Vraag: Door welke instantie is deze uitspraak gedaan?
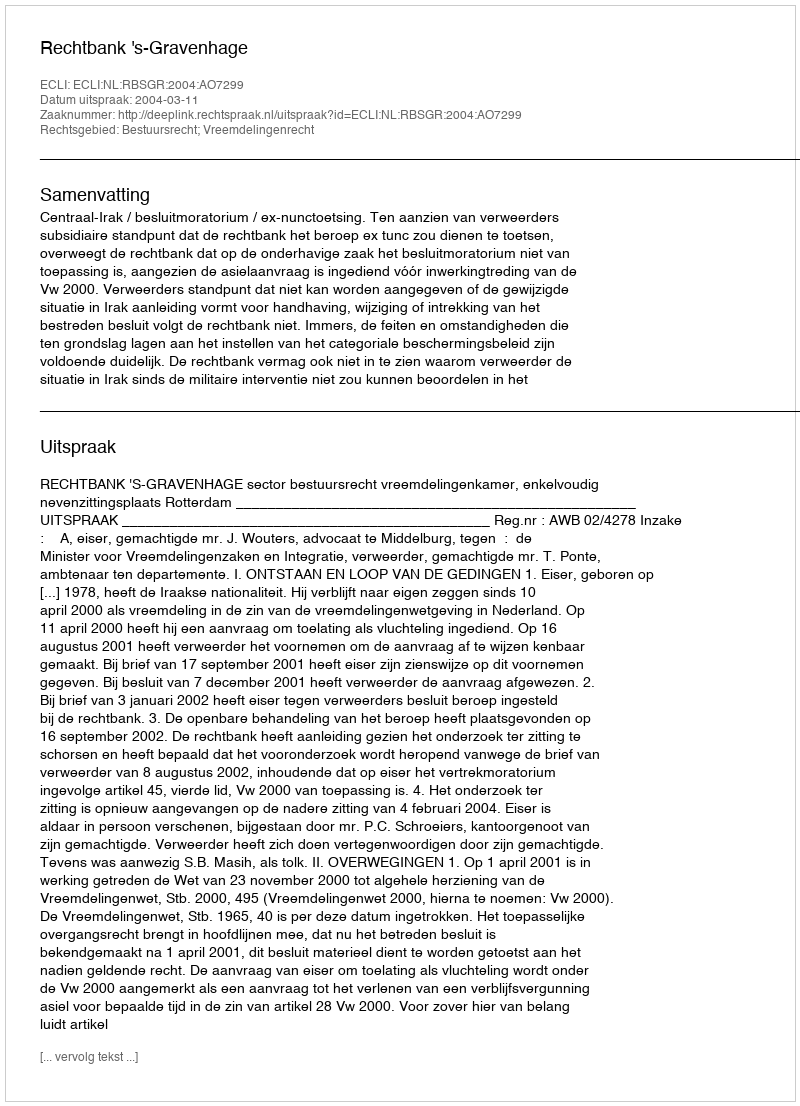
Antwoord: Rechtbank 's-Gravenhage